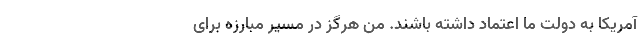
آمریکا به دولت ما اعتماد داشته باشند. من هرگز در مسیر مبارزه برای